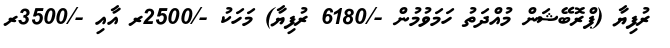
ރުފިޔާ (ޕްރޮބޭޝަން މުއްދަތު ހަމަވުމުން -/6180 ރުފިޔާ) މަހަކު -/2500ރ އާއި -/3500ރ